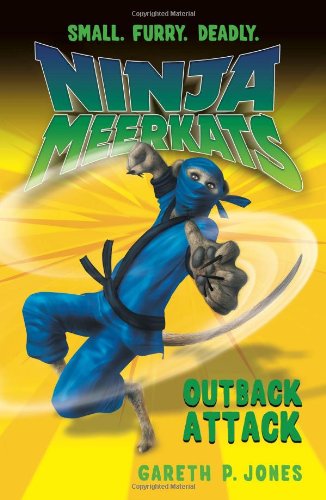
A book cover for Ninja Meerkats (#8) Outback Attack; Gareth P. Jones; Children's Books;